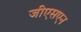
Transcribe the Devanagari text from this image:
जीएसएन